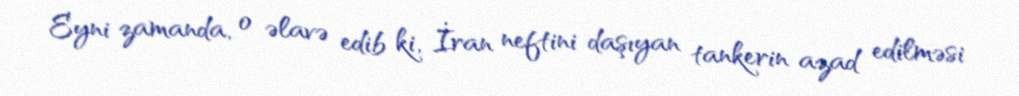
Eyni zamanda, o əlavə edib ki, İran neftini daşıyan tankerin azad edilməsi